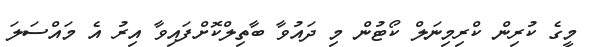
މީގެ ކުރިން ކްރިމިނަލް ކޯޓުން މި ދައުވާ ބާތިލްކޮށްފައިވާ އިރު އެ މައްސަލަ